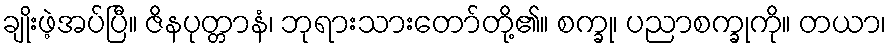
ချိုးဖဲ့အပ်ပြီ။ ဇိနပုတ္တာနံ၊ ဘုရားသားတော်တို့၏။ စက္ခု၊ ပညာစက္ခုကို။ တယာ၊